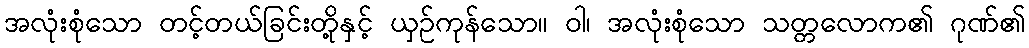
အလုံးစုံသော တင့်တယ်ခြင်းတို့နှင့် ယှဉ်ကုန်သော။ ဝါ၊ အလုံးစုံသော သတ္တလောက၏ ဂုဏ်၏